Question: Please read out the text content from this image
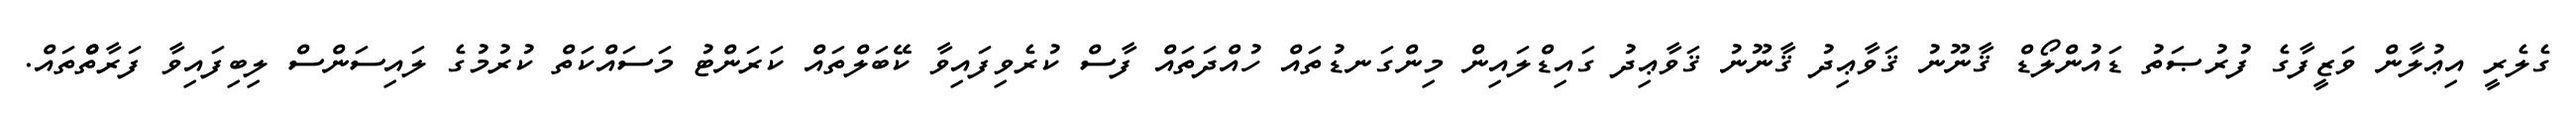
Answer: ގެލެރީ އިޢުލާން ވަޒީފާގެ ފުރުޞަތު ޑައުންލޯޑް ޤާނޫނު ޤަވާޢިދު ޤާނޫނު ޤަވާޢިދު ގައިޑްލައިން މިންގަނޑުތައް ހުއްދަތައް ފާސް ކުރެވިފައިވާ ކޭބަލްތައް ކަރަންޓު މަސައްކަތް ކުރުމުގެ ލައިސަންސް ލިބިފައިވާ ފަރާތްްްތައް.